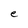
Character: e